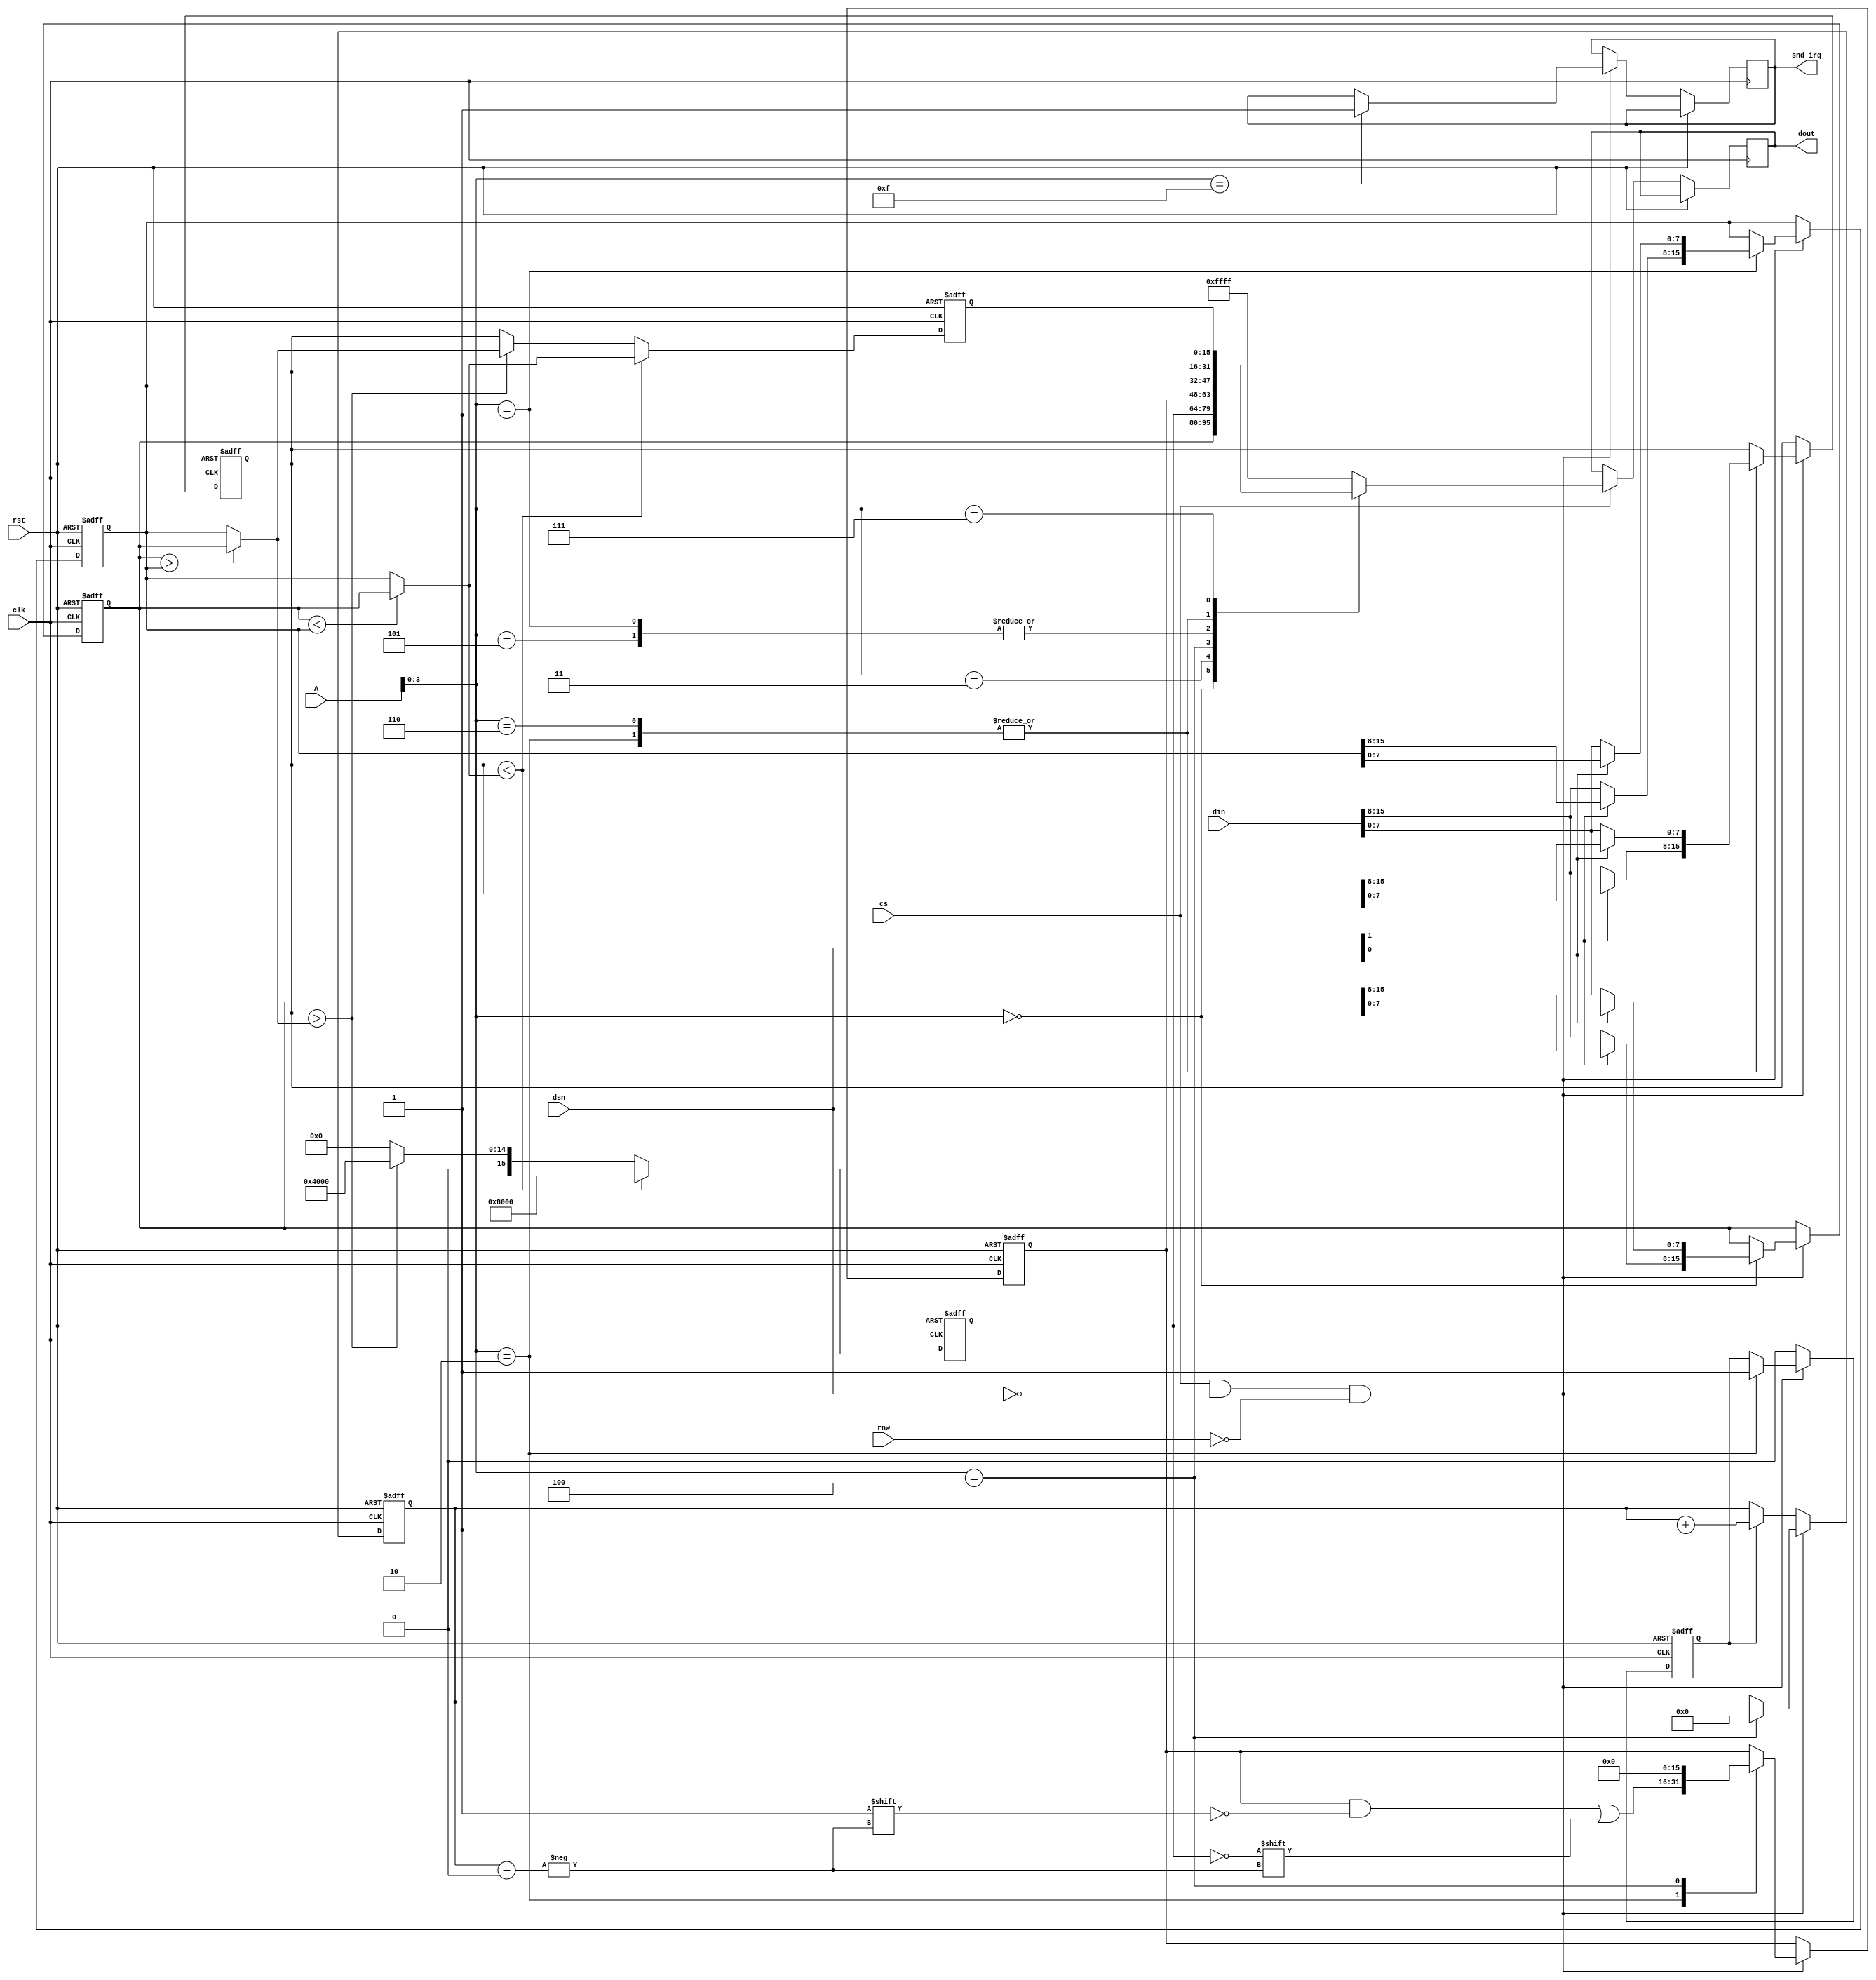
/*  This file is part of JTCORES.
    JTCORES program is free software: you can redistribute it and/or modify
    it under the terms of the GNU General Public License as published by
    the Free Software Foundation, either version 3 of the License, or
    (at your option) any later version.

    JTCORES program is distributed in the hope that it will be useful,
    but WITHOUT ANY WARRANTY; without even the implied warranty of
    MERCHANTABILITY or FITNESS FOR A PARTICULAR PURPOSE.  See the
    GNU General Public License for more details.

    You should have received a copy of the GNU General Public License
    along with JTCORES.  If not, see <http://www.gnu.org/licenses/>.

    Author: Jose Tejada Gomez. Twitter: @topapate
    Version: 1.0
    Date: 5-7-2021 */

// SEGA 315-5250 model, based on MAME driver

module jts16b_timer(
    input              rst,
    input              clk,

    input      [23:1]  A,
    input      [ 1:0]  dsn,
    input              rnw,
    input              cs,
    input      [15:0]  din,

    output reg         snd_irq, // seems unconnected in MAME

    output reg [15:0]  dout
);

reg  [15:0] mmr[0:7];
reg  [ 3:0] sel4;
reg  [ 7:0] snd_data;
reg         up_sel4;
wire write = cs && dsn==0 && !rnw;

wire signed [15:0] value, bound1, bound2, min, max;

assign value  = mmr[2];
assign bound1 = mmr[0];
assign bound2 = mmr[1];
assign min    = bound1 < bound2 ? bound1 : bound2;
assign max    = bound1 > bound2 ? bound1 : bound2;

function [15:0] write_reg( input [2:0] sel );
    write_reg = {
        !dsn[1] ? din[15:8] : mmr[sel][15:8],
        !dsn[0] ? din[ 7:0] : mmr[sel][ 7:0]
    };
endfunction

always @(posedge clk, posedge rst) begin
    if(rst) begin
        mmr[0] <= 0; mmr[1] <= 0; mmr[2] <= 0; mmr[3] <= 0;
        mmr[4] <= 0; mmr[5] <= 0; mmr[6] <= 0; mmr[7] <= 0;
        sel4 <= 0;
        up_sel4 <= 0;
    end else begin
        if( cs ) begin
            case( A[4:1] )
                0: dout <= mmr[0];
                1: dout <= mmr[1];
                2: dout <= mmr[2];
                3: dout <= mmr[3];
                4: dout <= mmr[4];
                5: dout <= mmr[1];  // 5 & 6 used to access 1 & 2 too
                6: dout <= mmr[2];
                7: dout <= mmr[7];
                default: dout <= 16'hffff;
            endcase
        end

        // comparison
        if( value<min ) begin
            mmr[7] <= min;
            mmr[3] <= 16'h8000;
        end else if( value>max ) begin
            mmr[7] <= max;
            mmr[3] <= 16'h4000;
        end else begin
            mmr[7] <= value;
            mmr[3] <= 16'h0000;
        end

        // write to registers
        if( write ) begin
            case(A[4:1])
                0: mmr[0] <= write_reg( 0 );
                1: mmr[1] <= write_reg( 1 );
                2: begin
                    mmr[2] <= write_reg( 2 );
                    mmr[4][sel4] <= mmr[3]==0;
                    up_sel4 <= 1;
                end
                4: begin
                    mmr[4] <= 0;
                    sel4   <= 0;
                end
                6: mmr[2] <= write_reg( 2 );
                4'hf: begin
                    snd_data <= din[7:0];
                    snd_irq  <= 1;
                end
            endcase
        end else begin
            up_sel4 <= 0;
            if( up_sel4 ) sel4 <= sel4+1'd1;
        end
    end
end

endmodule